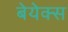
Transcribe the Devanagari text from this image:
बेयेक्स